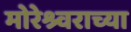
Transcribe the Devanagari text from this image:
मोरेश्र्वराच्या